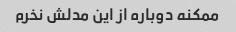
ممکنه دوباره از این مدلش نخرم